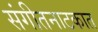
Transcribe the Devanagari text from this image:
संगीतनाटकात